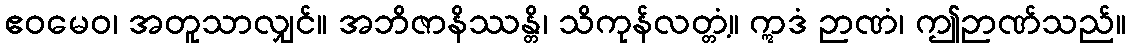
ဧဝမေဝ၊ အတူသာလျှင်။ အဘိဇာနိဿန္တိ၊ သိကုန်လတ္တံ့။ ဣဒံ ဉာဏံ၊ ဤဉာဏ်သည်။